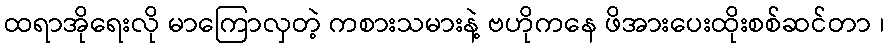
ထရာအိုရေးလို မာကြောလှတဲ့ ကစားသမားနဲ့ ဗဟိုကနေ ဖိအားပေးထိုးစစ်ဆင်တာ ၊